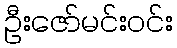
ဦးဇော်မင်းဝင်း